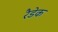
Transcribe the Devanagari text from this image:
रैडेक